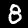
Label: 8